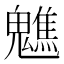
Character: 𩴧